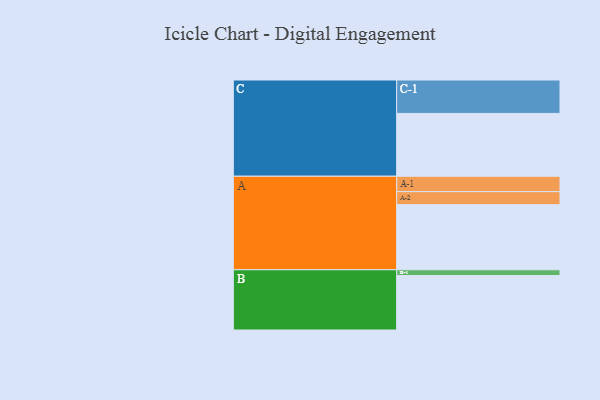
{"axis": {"x": "Segment", "y": "Value"}, "legend": ["", "A", "B", "C"], "data": [{"x": "A", "y": 575, "type": ""}, {"x": "B", "y": 481, "type": ""}, {"x": "C", "y": 555, "type": ""}, {"x": "A-1", "y": 136, "type": "A"}, {"x": "A-2", "y": 115, "type": "A"}, {"x": "B-1", "y": 51, "type": "B"}, {"x": "C-1", "y": 295, "type": "C"}]}